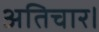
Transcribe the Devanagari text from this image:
अतिचार।